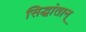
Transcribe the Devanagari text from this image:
सिद्धांतान्